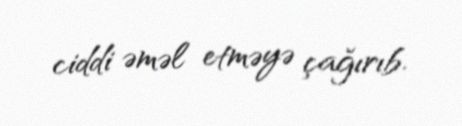
ciddi əməl etməyə çağırıb.